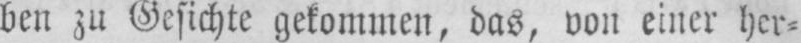
ben zu Gesicht gekommen, das, von einer her⸗